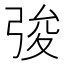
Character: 𢏤